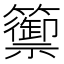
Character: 籞